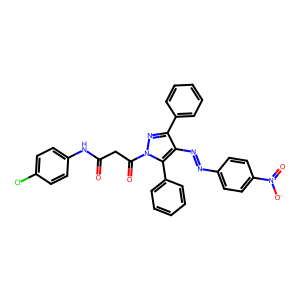
SMILES: O=C(CC(=O)n1nc(-c2ccccc2)c(N=Nc2ccc([N+](=O)[O-])cc2)c1-c1ccccc1)Nc1ccc(Cl)cc1
Inhibits HIV replication: No